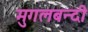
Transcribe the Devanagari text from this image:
मुगलबन्दी